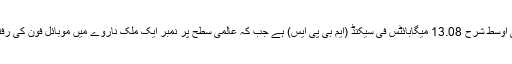
پاکستان میں موبائل ڈاؤن لوڈ کی اوسط شرح 13.08 میگابائٹس فی سیکنڈ (ایم بی پی ایس) ہے جب کہ عالمی سطح پر نمبر ایک ملک ناروے میں موبائل فون کی رفتار 62.66 ایم بی پی ایس ہے ۔